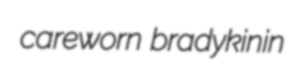
careworn bradykinin